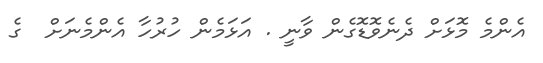
އެންމެ މޮޅަށް ދެނެވޮޑޮގެން ވާނީ . އަޅަމެން ހުރުހާ އެންމެނަށް  ގެ